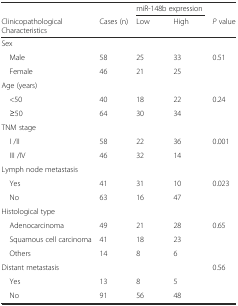
|  |  | <COLSPAN=2> miR-148b expression |  |
 | Clinicopathological Characteristics | Cases (n) | Low | High | P value |
 | --- | --- | --- | --- | --- |
 | <COLSPAN=5> Sex |
 | Male | 58 | 25 | 33 | 0.51 |
 | Female | 46 | 21 | 25 |  |
 | <COLSPAN=5> Age (years) |
 | <50 | 40 | 18 | 22 | 0.24 |
 | ≥50 | 64 | 30 | 34 |  |
 | <COLSPAN=5> TNM stage |
 | I /II | 58 | 22 | 36 | 0.001 |
 | III /IV | 46 | 32 | 14 |  |
 | <COLSPAN=5> Lymph node metastasis |
 | Yes | 41 | 31 | 10 | 0.023 |
 | No | 63 | 16 | 47 |  |
 | <COLSPAN=5> Histological type |
 | Adenocarcinoma | 49 | 21 | 28 | 0.65 |
 | Squamous cell carcinoma | 41 | 18 | 23 |  |
 | Others | 14 | 8 | 6 |  |
 | Distant metastasis |  |  |  | 0.56 |
 | Yes | 13 | 8 | 5 |  |
 | No | 91 | 56 | 48 |  |